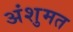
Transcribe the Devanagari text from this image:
अंशुमत